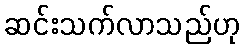
ဆင်းသက်လာသည်ဟု